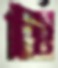
ষ্টি